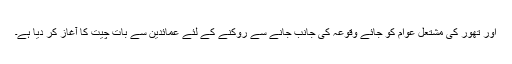
اور تھور کی مشتعل عوام کو جائے وقوعہ کی جانب جانے سے روکنے کے لئے عمائدین سے بات چیت کا آغاز کر دیا ہے۔